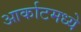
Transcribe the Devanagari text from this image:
आर्काटमध्ये